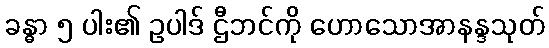
ခန္ဓာ ၅ ပါး၏ ဥပါဒ် ဌီဘင်ကို ဟောသောအာနန္ဒသုတ်